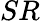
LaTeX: SR